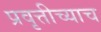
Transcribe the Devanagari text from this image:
प्रवृत्तीच्याच